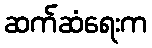
ဆက်ဆံရေးက